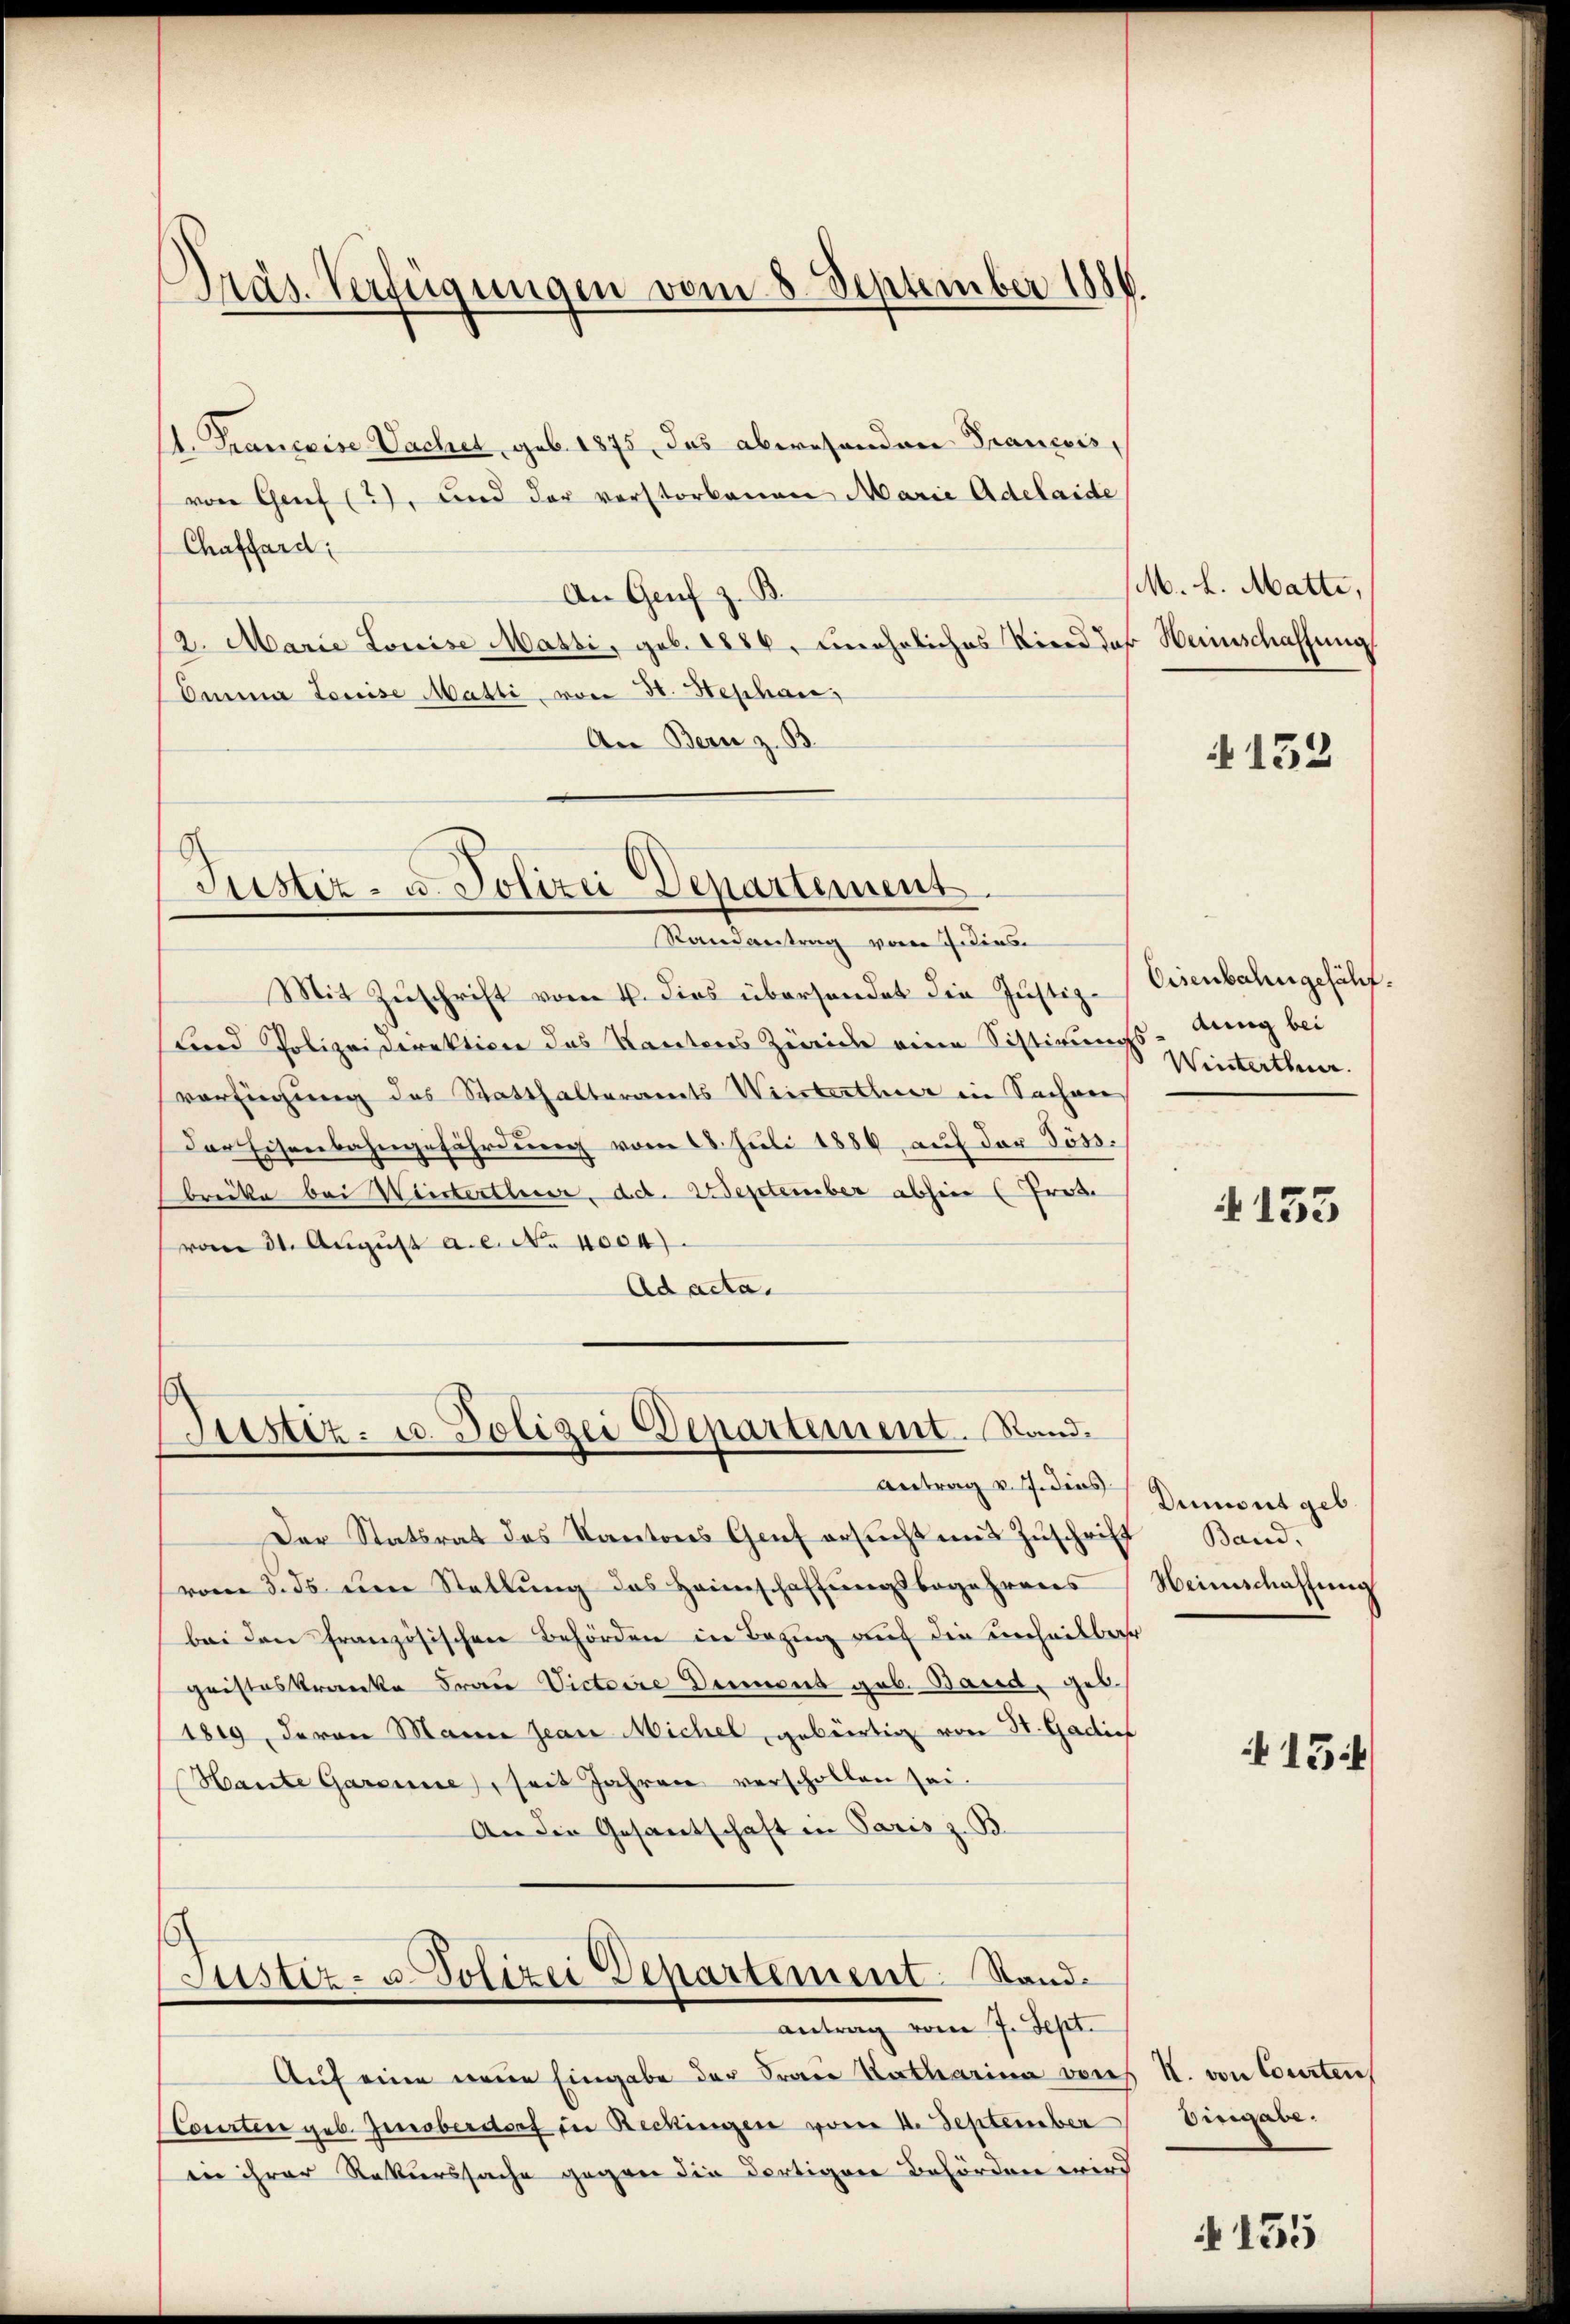
Dräs. Verfügungen vom 8. September 1886.

M. Franceise Sachet, geb. 1875, das abwesenden François,
von Genf (2), und der verstorbenen Marie Adelaide
Chaffard:
An Genf z. B.
/2. Marie Louise Matti, geb. 1886, uneheliches Kind daß Heimschaffung
Omnia Louise Matti von 30. Hephan
An Bern z. B.

Justiz- u. Polizei Departement.
Randantrag von dies

Justiz- u. Polizei Departement. Rand.

Mit Zuschrift vom 4. dies überhandet die Justiz-
Lind Polizeidirektion des Kantons Zürich eine Sistirungs- dung bei
verfügung des Statthalteramts Weisterther in Sachen
der Eisenbahngefährdung vom 28. Juli 1886, auf der Söss.
brücke bei Winterthur d.d. September abhin (Pros.
vom 31. August a.c. No 1004).
Ad acta.

Der Statsrat des Kantons Genf ersucht mit Zuschrift
vom 3. ds den Stattung des Heimschaffungsbegehrens
bei den Französischen Behörden in Bezug auf die unheilbar
gristeskranke Frau Victoire Dumont geb. Band, geb.
1819, deron Manne jean Michel, gebürtig von St. Gadies
Hante Garenne, seit Jahren verschollen sei.
An die Gesantschaft in Paris z. B

Auf eine neue Eingabe der Frau Katharina von
Courten geb. Zinoberdorf in Reckungen vom 11. September
in ihrer Rekurssache gegen die Fertigen Behörden wird

Antrag v. J. die Dumont geb.

ustiz- u. Polizei Departement. Stand
antrag vom 7. Sept.

M. L. Matte,

152

Cisenbahngefähr.
Winterthur.

4153

Band.
Heimschaffung

K. von Courten
Eingabe.

N 155

13